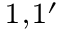
_ { 1 , 1 ^ { \prime } }